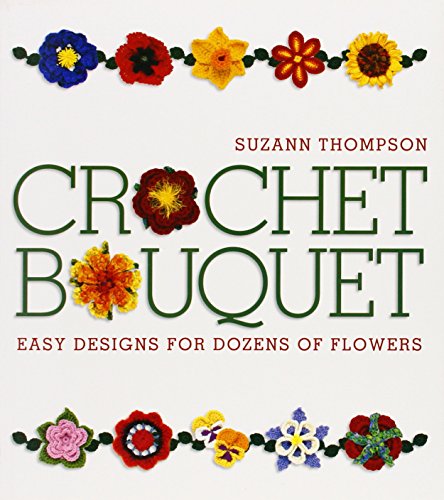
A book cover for Crochet Bouquet: Easy Designs for Dozens of Flowers; Suzann Thompson; Crafts, Hobbies & Home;